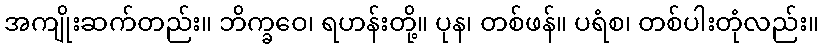
အကျိုးဆက်တည်း။ ဘိက္ခဝေ၊ ရဟန်းတို့။ ပုန၊ တစ်ဖန်။ ပရံစ၊ တစ်ပါးတုံလည်း။